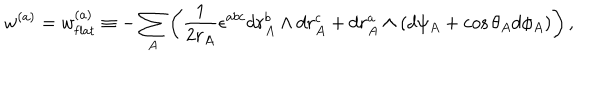
LaTeX: w ^ { ( a ) } = w _ { \mathrm { f l a t } } ^ { ( a ) } \equiv - \sum _ { A } \left( \frac { 1 } { 2 r _ { A } } \epsilon ^ { a b c } d r _ { A } ^ { b } \wedge d r _ { A } ^ { c } + d r _ { A } ^ { a } \wedge ( d \psi _ { A } + \cos \theta _ { A } d \phi _ { A } ) \right) ,